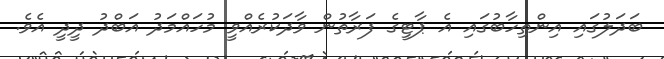
ބަދަލުގައި އިންތިހާބުގައި އެ ޕާޓީގެ ފަރާތުން ވާދަކުރެއްވީ މުހައްމަދު އަބްދު ދީދީ އެވެ.